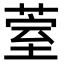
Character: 𮏧